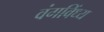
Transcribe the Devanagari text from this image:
वंगविंध्य